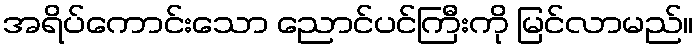
အရိပ်ကောင်းသော ညောင်ပင်ကြီးကို မြင်လာမည်။